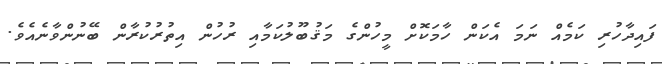
ފައިދާހުރި ކަމެއް ނަމަ އެކަން ހާމަކޮށް މީހުންގެ މަޤުބޫލުކަމާއި ރުހުން އިތުރުކުރާން ބޭނުންވާނެއެވެ.